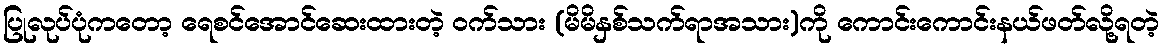
ပြုလုပ်ပုံကတော့ ရေစင်အောင်ဆေးထားတဲ့ ဝက်သား (မိမိနှစ်သက်ရာအသား)ကို ကောင်းကောင်းနယ်ဖတ်လို့ရတဲ့